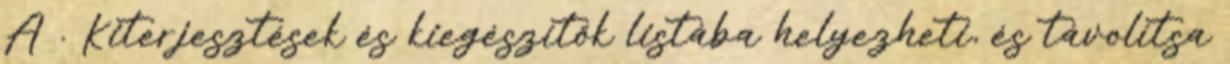
A . Kiterjesztések és kiegészítők listába helyezheti, és távolítsa